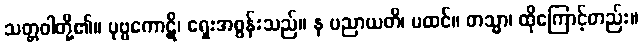
သတ္တဝါတို့၏။ ပုဗ္ဗကောဋိ၊ ရှေးအစွန်းသည်။ န ပညာယတိ၊ မထင်။ တသ္မာ၊ ထိုကြောင့်တည်း။